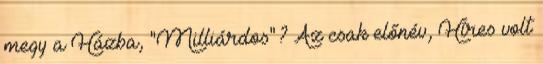
megy a Házba, "Milliárdos"? Az csak előnév, Híres volt